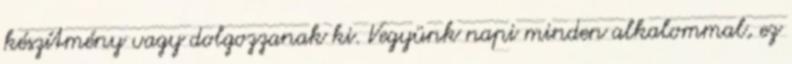
készítmény vagy dolgozzanak ki. Vegyünk napi minden alkalommal, ez